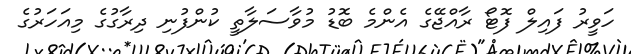
ހަވީރު ފައިލް ފޮޓޯ ރާއްޖޭގެ އެންމެ ބޮޑު މުވާސަލާތީ ކުންފުނި ދިރާގުގެ މިއަހަރުގެ